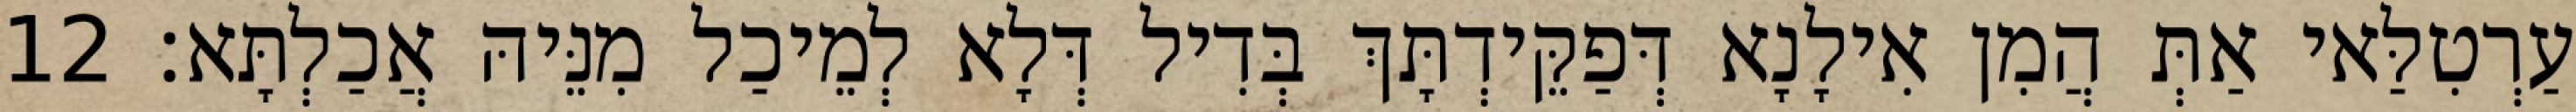
עַרְטִלַּאי אַתְּ הֲמִן אִילָנָא דְּפַקֵּידְתָּךְ בְּדִיל דְּלָא לְמֵיכַל מִנֵּיהּ אֲכַלְתָּא׃ 12